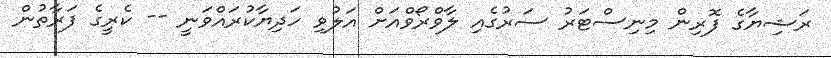
ރަޝިޔާގެ ފޮރިން މިނިސްޓަރު ސަރުގެއި ލާވްރޯވްއަށް އަލުވި ހަދިޔާކުރައްވަނީ -- ކެރީގެ ފަރާތުން